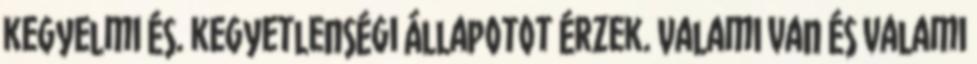
kegyelmi és. kegyetlenségi állapotot érzek. Valami van és valami